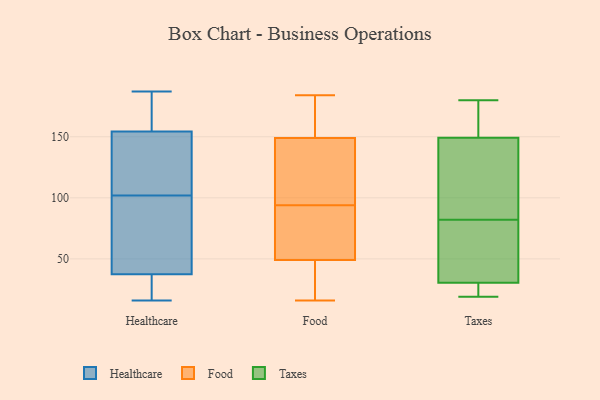
{"axis": {"x": "LTV (USD)", "y": "Value"}, "legend": ["Food", "Healthcare", "Taxes"], "data": [{"x": "", "y": 137, "type": "Healthcare"}, {"x": "", "y": 107, "type": "Healthcare"}, {"x": "", "y": 27, "type": "Healthcare"}, {"x": "", "y": 80, "type": "Healthcare"}, {"x": "", "y": 187, "type": "Healthcare"}, {"x": "", "y": 102, "type": "Healthcare"}, {"x": "", "y": 39, "type": "Healthcare"}, {"x": "", "y": 25, "type": "Healthcare"}, {"x": "", "y": 112, "type": "Healthcare"}, {"x": "", "y": 16, "type": "Healthcare"}, {"x": "", "y": 55, "type": "Healthcare"}, {"x": "", "y": 184, "type": "Healthcare"}, {"x": "", "y": 160, "type": "Healthcare"}, {"x": "", "y": 168, "type": "Healthcare"}, {"x": "", "y": 37, "type": "Healthcare"}, {"x": "", "y": 104, "type": "Food"}, {"x": "", "y": 16, "type": "Food"}, {"x": "", "y": 46, "type": "Food"}, {"x": "", "y": 40, "type": "Food"}, {"x": "", "y": 140, "type": "Food"}, {"x": "", "y": 55, "type": "Food"}, {"x": "", "y": 180, "type": "Food"}, {"x": "", "y": 69, "type": "Food"}, {"x": "", "y": 184, "type": "Food"}, {"x": "", "y": 156, "type": "Food"}, {"x": "", "y": 94, "type": "Food"}, {"x": "", "y": 16, "type": "Food"}, {"x": "", "y": 86, "type": "Food"}, {"x": "", "y": 135, "type": "Food"}, {"x": "", "y": 78, "type": "Food"}, {"x": "", "y": 152, "type": "Food"}, {"x": "", "y": 175, "type": "Food"}, {"x": "", "y": 127, "type": "Food"}, {"x": "", "y": 47, "type": "Food"}, {"x": "", "y": 19, "type": "Taxes"}, {"x": "", "y": 180, "type": "Taxes"}, {"x": "", "y": 30, "type": "Taxes"}, {"x": "", "y": 150, "type": "Taxes"}, {"x": "", "y": 147, "type": "Taxes"}, {"x": "", "y": 82, "type": "Taxes"}, {"x": "", "y": 178, "type": "Taxes"}, {"x": "", "y": 132, "type": "Taxes"}, {"x": "", "y": 32, "type": "Taxes"}, {"x": "", "y": 51, "type": "Taxes"}, {"x": "", "y": 25, "type": "Taxes"}]}